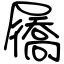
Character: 屩